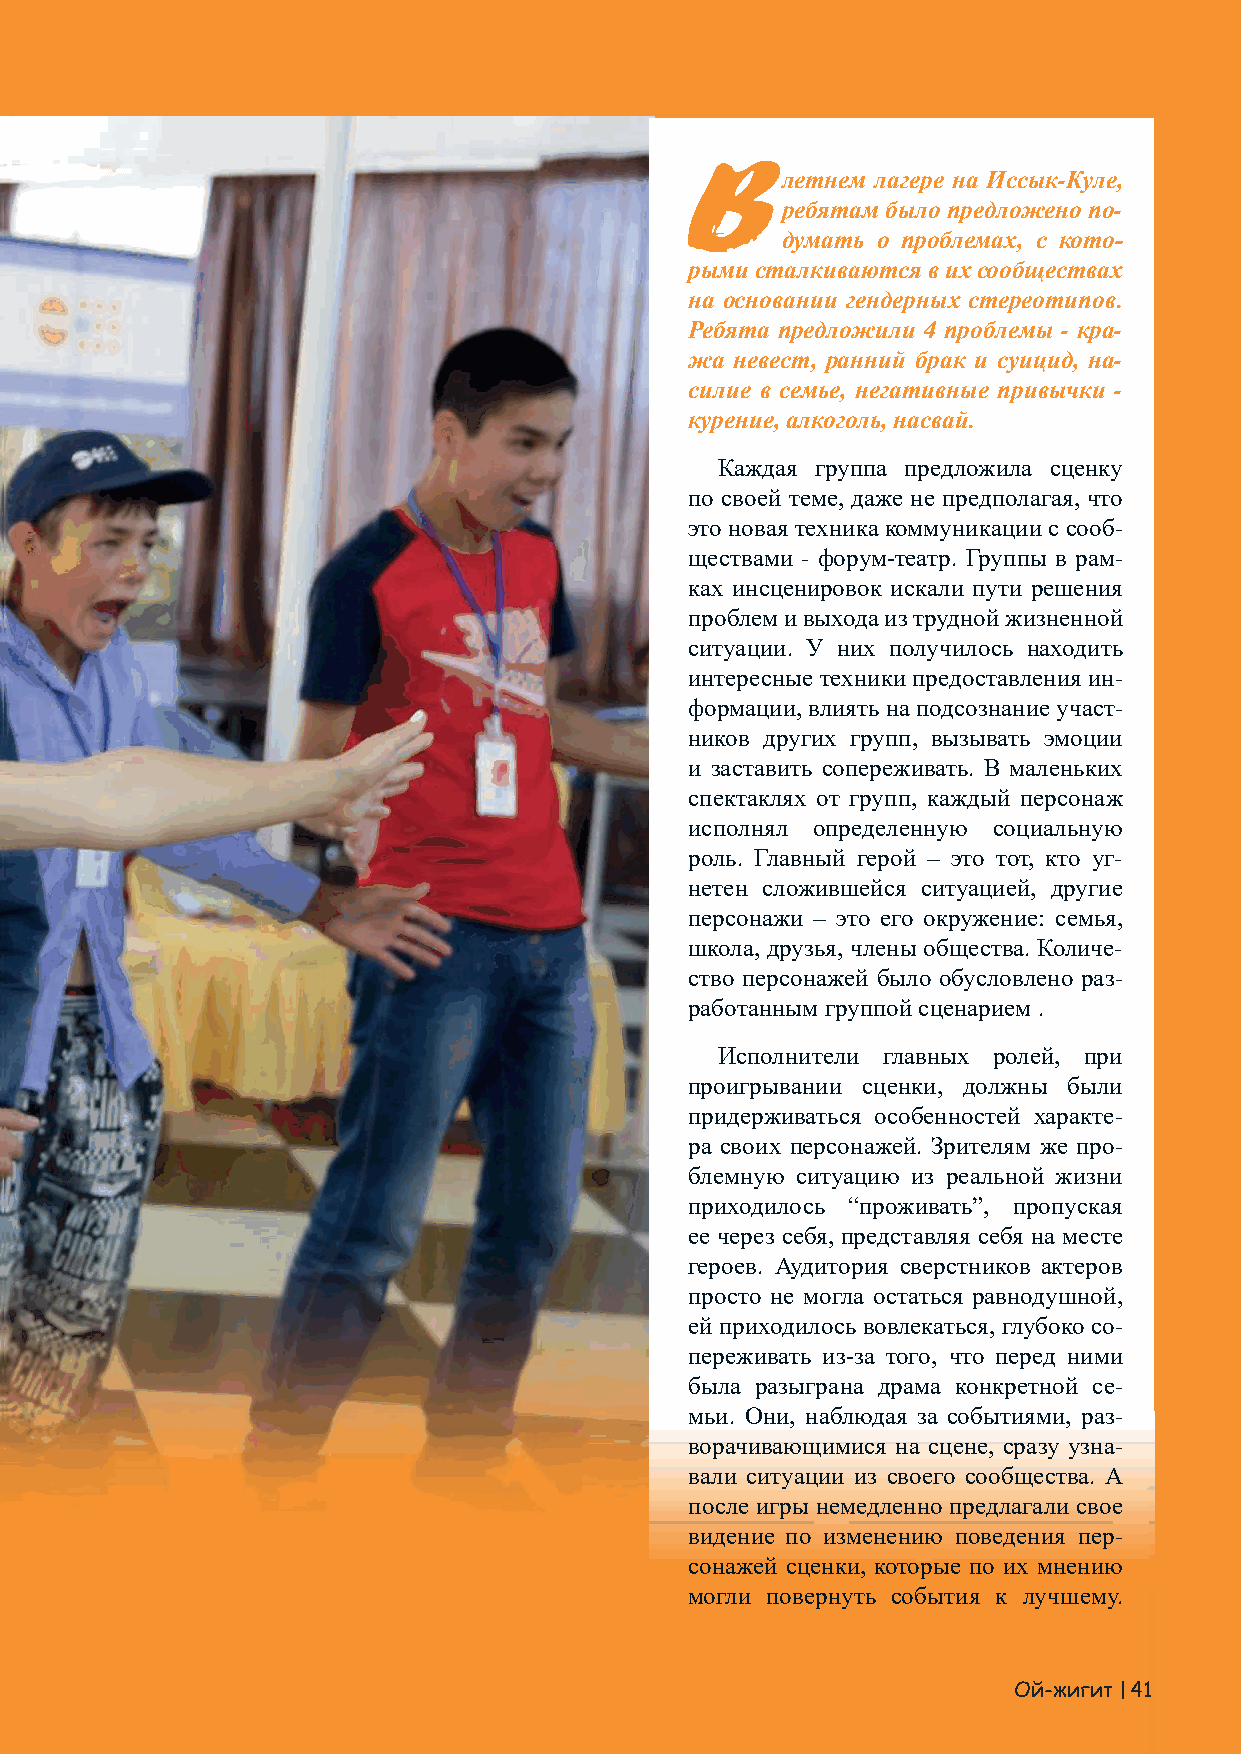
летнем лагере на Иссык-Куле,
 ребятам было предложено по-
 Âдумать      о проблемах, с кото-
 рыми сталкиваются в их сообществах
 на основании гендерных стереотипов.
 Ребята предложили 4 проблемы - кра-
 жа невест, ранний брак и суицид, на-
 силие в семье, негативные привычки -
 курение, алкоголь, насвай.
 Каждая группа предложила сценку
 по своей теме, даже не предполагая, что
 это новая техника коммуникации с сооб-
 ществами - форум- театр. Группы в рам-
 ках инсценировок искали пути решения
 проблем и выхода из трудной жизненной
 ситуации. У них получилось находить
 интересные техники предоставления ин-
 формации, влиять на подсознание участ-
 ников других групп, вызывать эмоции
 и заставить сопереживать. В маленьких
 спектаклях от групп, каждый персонаж
 исполнял определенную социальную
 роль. Главный герой – это тот, кто уг-
 нетен сложившейся ситуацией, другие
 персонажи – это его окружение: семья,
 школа, друзья, члены общества. Количе-
 ство персонажей было обусловлено раз-
 работанным группой сценарием .
 Исполнители главных ролей, при
 проигрывании сценки, должны были
 придерживаться особенностей характе-
 ра своих персонажей. Зрителям же про-
 блемную ситуацию из реальной жизни
 приходилось “проживать”, пропуская
 ее через себя, представляя себя на месте
 героев. Аудитория сверстников актеров
 просто не могла остаться равнодушной,
 ей приходилось вовлекаться, глубоко со-
 переживать из-за того, что перед ними
 Как мы становились
 была разыграна драма конкретной се-
 мьи. Они, наблюдая за событиями, раз-
 ворачивающимися на сцене, сразу узна-
 вали ситуации из своего сообщества. А
 после игры немедленно предлагали свое
 видение по изменению поведения пер-
 сонажей сценки, которые по их мнению
 могли повернуть события к лучшему.
 40 Ой-жигит                                                        Ой-жигит 41